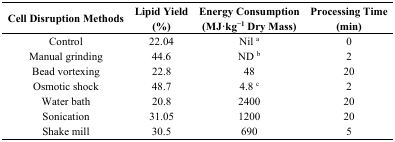
<table><thead><tr><td><b>Cell Disruption Methods</b></td><td><b>Lipid Yield (%)</b></td><td><b>Energy Consumption (MJ·kg<sup>−1</sup> Dry Mass)</b></td><td><b>Processing Time (min)</b></td></tr></thead><tbody><tr><td>Control</td><td>22.04</td><td>Nil <sup>a</sup></td><td>0</td></tr><tr><td>Manual grinding</td><td>44.6</td><td>ND <sup>b</sup></td><td>2 </td></tr><tr><td>Bead vortexing</td><td>22.8</td><td>48</td><td>20 </td></tr><tr><td>Osmotic shock</td><td>48.7</td><td>4.8 <sup>c</sup></td><td>2 </td></tr><tr><td>Water bath</td><td>20.8</td><td>2400</td><td>20 </td></tr><tr><td>Sonication</td><td>31.05</td><td>1200</td><td>20 </td></tr><tr><td>Shake mill</td><td>30.5</td><td>690</td><td>5 </td></tr></tbody></table>